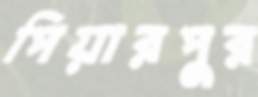
পিয়ারপুর